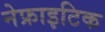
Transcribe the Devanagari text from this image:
नेफ्राइटिक